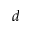
d